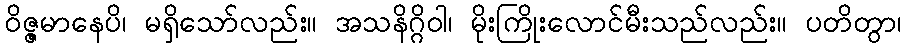
ဝိဇ္ဇမာနေပိ၊ မရှိသော်လည်း။ အသနိဂ္ဂိဝါ၊ မိုးကြိုးလောင်မီးသည်လည်း။ ပတိတွာ၊